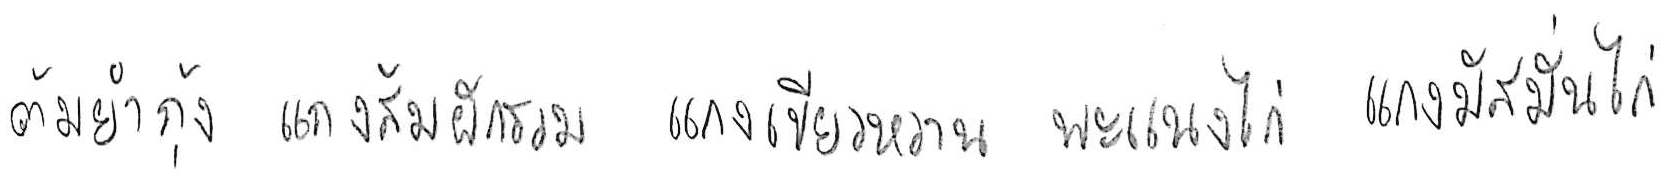
ต้มยำกุ้ง แกงส้มผักรวม แกงเขียวหวาน พะแนงไก่ แกงมัสมั่นไก่